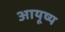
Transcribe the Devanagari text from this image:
आयूष्य